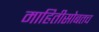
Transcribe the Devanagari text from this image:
माहितीसोबतच